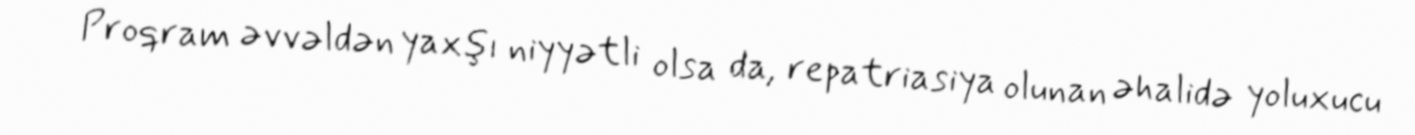
Proqram əvvəldən yaxşı niyyətli olsa da, repatriasiya olunan əhalidə yoluxucu